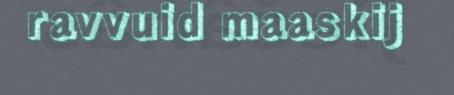
ravvuid maaskij